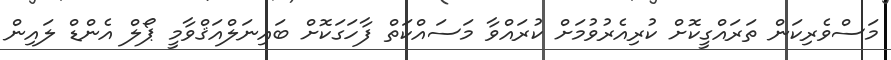
މަސްވެރިކަން ތަރައްގީކޮށް ކުރިއެރުވުމަށް ކުރައްވާ މަސައްކަތް ފާހަގަކޮށް ބައިނަލްއަޤްވާމީ ޕޯލް އެންޑް ލައިން